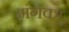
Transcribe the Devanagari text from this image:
मंगका